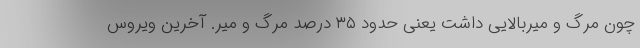
چون مرگ و میربالایی داشت یعنی حدود ۳۵ درصد مرگ و میر. آخرین ویروس